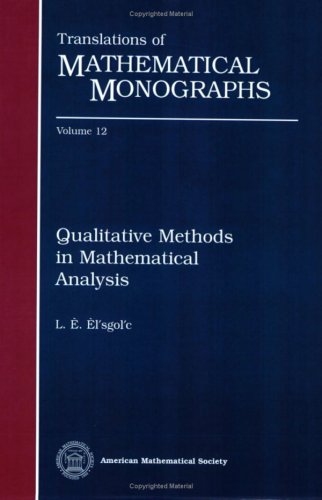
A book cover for Qualitative Methods in Mathematical Analysis (Translations of Mathematical Monographs Reprint); L. E. Elsgolc; Science & Math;